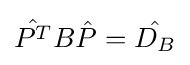
{\hat {P^{T}}}B{\hat {P}}={\hat {D_{B}}}